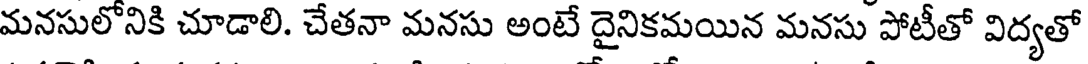
మనసులోనికి చూడాలి. చేతనా మనసు అంటే దైనికమయిన మనసు పోటీతో విద్యతో